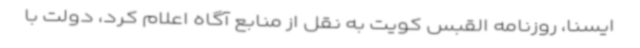
ایسنا، روزنامه القبس کویت به نقل از منابع آگاه اعلام کرد، دولت با